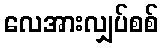
လေအားလျှပ်စစ်